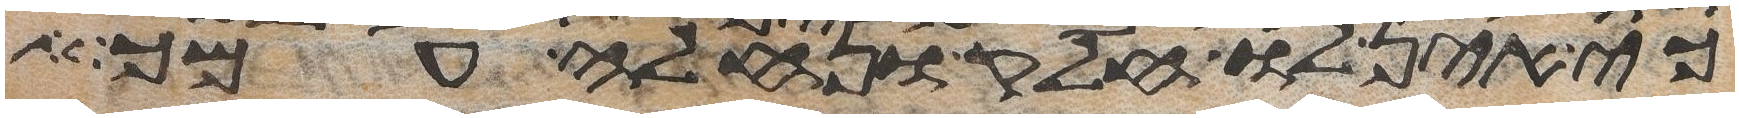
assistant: כי אין לו חלק ונחלה עמך